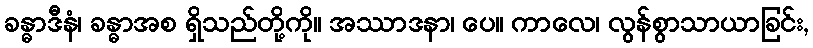
ခန္ဓာဒီနံ၊ ခန္ဓာအစ ရှိသည်တို့ကို။ အဿာဒနာ၊ ပေ။ ကာလေ၊ လွန်စွာသာယာခြင်း,